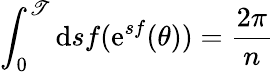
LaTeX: \int_{0}^{\mathscr{T}}\mathrm{{d}}sf(\mathrm{{e}}^{sf}(\theta))=\frac{{2\pi}}{{n}}